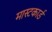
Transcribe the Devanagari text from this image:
मास्टकार्ड